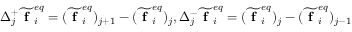
\Delta _ { j } ^ { + } \widetilde { \textbf { f } } _ { i } ^ { e q } = ( \widetilde { \textbf { f } } _ { i } ^ { e q } ) _ { j + 1 } - ( \widetilde { \textbf { f } } _ { i } ^ { e q } ) _ { j } , \Delta _ { j } ^ { - } \widetilde { \textbf { f } } _ { i } ^ { e q } = ( \widetilde { \textbf { f } } _ { i } ^ { e q } ) _ { j } - ( \widetilde { \textbf { f } } _ { i } ^ { e q } ) _ { j - 1 }